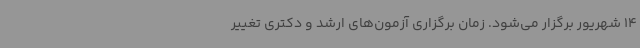
14 شهریور برگزار می‌شود. زمان برگزاری آزمون‌های ارشد و دکتری تغییر